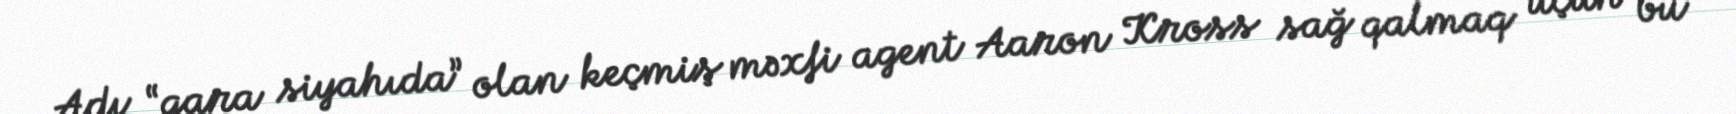
Adı “qara siyahıda” olan keçmiş məxfi agent Aaron Kross sağ qalmaq üçün bu